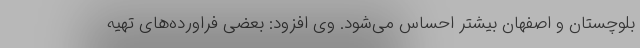
بلوچستان و اصفهان بیشتر احساس می‌شود. وی افزود: بعضی فراورده‌های تهیه